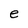
Character: e